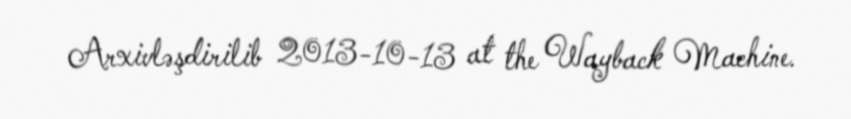
Arxivləşdirilib 2013-10-13 at the Wayback Machine.